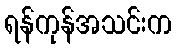
ရန်ကုန်အသင်းက